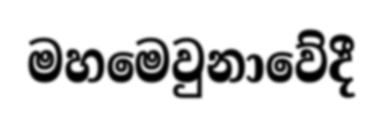
මහමෙවුනාවේදී